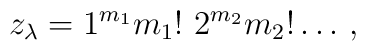
z_{\lambda}    = 1^{m_1} m_1!~ 2^{m_2} m_2! \dots \, ,